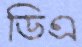
ডিএ